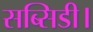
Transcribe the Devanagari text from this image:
सब्सिडी।